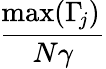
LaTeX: \displaystyle\frac{{\! \operatorname*{max}}(\Gamma_{\! j})}{N\gamma}